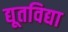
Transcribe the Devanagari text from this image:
द्यूतविद्या